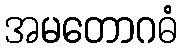
အမတောဂဓံ